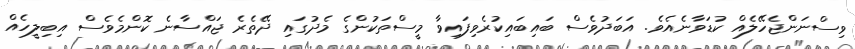
ވިސްނަންޖެހޭލެއް ކުޑަވާނެއެވެ. އަބަދުވެސް ބައިބައިކުރެވިފައިވާ މީސްތަކުންގެ މެދުގައި ދޭތެރެ ޖައްސާނެ ކޮންމެވެސް އިބިލީހެއް